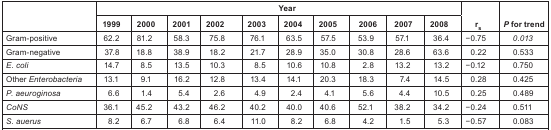
| <ROWSPAN=2>  | <COLSPAN=10> Year | <ROWSPAN=2> rs | <ROWSPAN=2> P for trend |
 | 1999 | 2000 | 2001 | 2002 | 2003 | 2004 | 2005 | 2006 | 2007 | 2008 |
 | --- | --- | --- | --- | --- | --- | --- | --- | --- | --- | --- | --- | --- |
 | Gram-positive | 62.2 | 81.2 | 58.3 | 75.8 | 76.1 | 63.5 | 57.5 | 53.9 | 57.1 | 36.4 | −0.75 | 0.013 |
 | Gram-negative | 37.8 | 18.8 | 38.9 | 18.2 | 21.7 | 28.9 | 35.0 | 30.8 | 28.6 | 63.6 | 0.22 | 0.533 |
 | E. coli | 14.7 | 8.5 | 13.5 | 10.3 | 8.5 | 10.6 | 10.8 | 2.8 | 13.2 | 13.2 | −0.12 | 0.750 |
 | Other Enterobacteria | 13.1 | 9.1 | 16.2 | 12.8 | 13.4 | 14.1 | 20.3 | 18.3 | 7.4 | 14.5 | 0.28 | 0.425 |
 | P. aeuroginosa | 6.6 | 1.4 | 5.4 | 2.6 | 4.9 | 2.4 | 4.1 | 5.6 | 4.4 | 10.5 | 0.25 | 0.489 |
 | CoNS | 36.1 | 45.2 | 43.2 | 46.2 | 40.2 | 40.0 | 40.6 | 52.1 | 38.2 | 34.2 | −0.24 | 0.511 |
 | S. auerus | 8.2 | 6.7 | 6.8 | 6.4 | 11.0 | 8.2 | 6.8 | 4.2 | 1.5 | 5.3 | −0.57 | 0.083 |